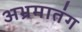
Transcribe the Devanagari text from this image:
अभ्रमातंग